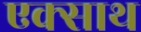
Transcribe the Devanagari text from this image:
एक्साथ